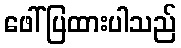
ဖေါ်ပြထားပါသည်